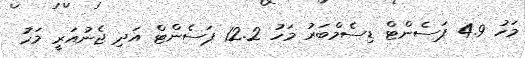
މަހު 4.9 ޕަސެންޓް ޑިސެމްބަރު މަހު 12.2 ޕަސެންޓް އަދި ޖެނުއަރީ މަހު